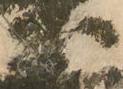
友